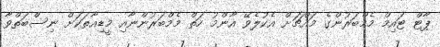
ޕާޓް ޓައިމް މެމްބަރުންގެ މައްޗަށް އެކުލެވޭ އާންމު ހަތް މެމްބަރުންނާއި މީޑިއާތަކަށް ނިސްބަތްވާ